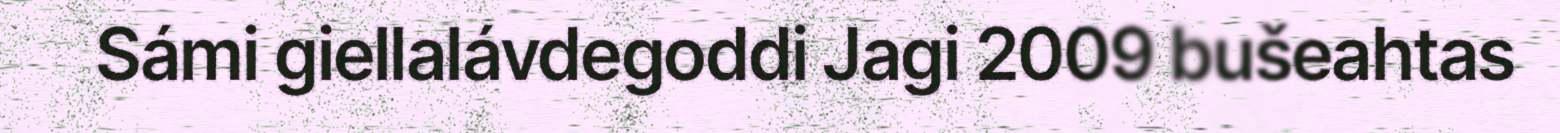
Sámi giellalávdegoddi Jagi 2009 bušeahtas